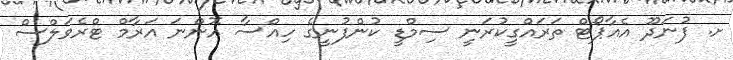
ށ. ފުނަދޫ އެއާޕޯޓް ތަރައްގީކުރަނީ ސިމްޑީ ކުންފުނީގެ ހިއްސާ އޮންނަ އަރާމް ޓްރެވަލްސް